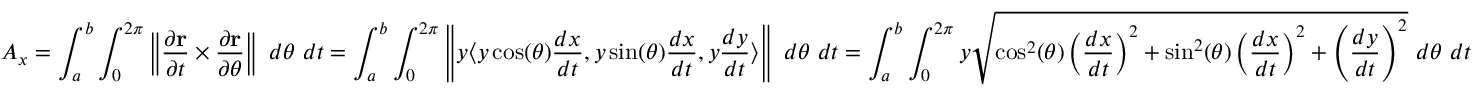
A _ { x } = \int _ { a } ^ { b } \int _ { 0 } ^ { 2 \pi } \left\| { \frac { \partial \mathbf { r } } { \partial t } } \times { \frac { \partial \mathbf { r } } { \partial \theta } } \right\| \ d \theta \ d t = \int _ { a } ^ { b } \int _ { 0 } ^ { 2 \pi } \left\| y \langle y \cos ( \theta ) { \frac { d x } { d t } } , y \sin ( \theta ) { \frac { d x } { d t } } , y { \frac { d y } { d t } } \rangle \right\| \ d \theta \ d t = \int _ { a } ^ { b } \int _ { 0 } ^ { 2 \pi } y { \sqrt { \cos ^ { 2 } ( \theta ) \left( { \frac { d x } { d t } } \right) ^ { 2 } + \sin ^ { 2 } ( \theta ) \left( { \frac { d x } { d t } } \right) ^ { 2 } + \left( { \frac { d y } { d t } } \right) ^ { 2 } } } \ d \theta \ d t